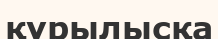
құрылысқа